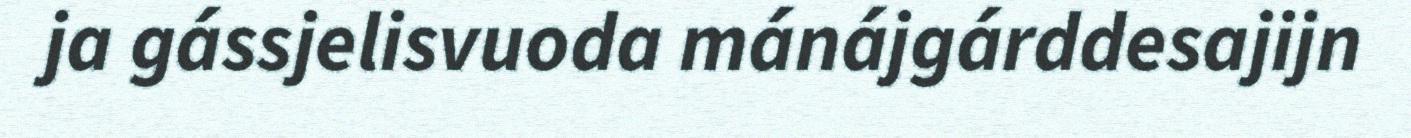
ja gássjelisvuoda mánájgárddesajijn